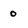
Character: 0